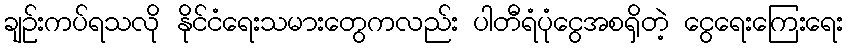
ချဉ်းကပ်ရသလို နိုင်ငံရေးသမားတွေကလည်း ပါတီရံပုံငွေအစရှိတဲ့ ငွေရေးကြေးရေး